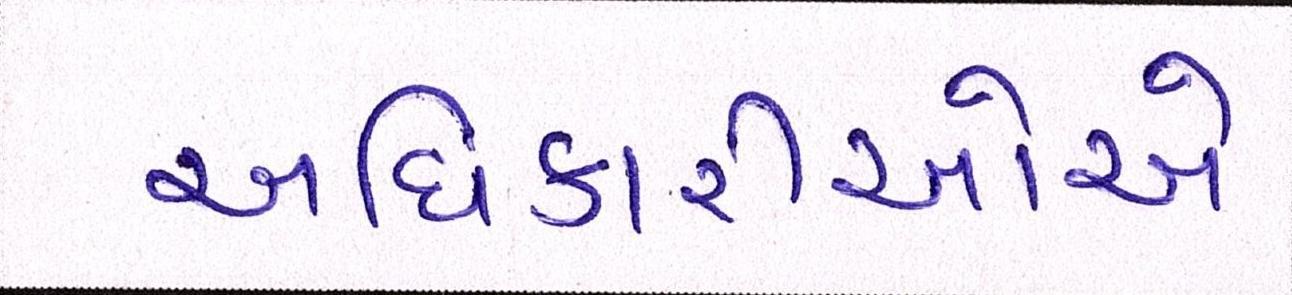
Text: અધિકારીઓએ